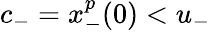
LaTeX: c_{-}=x_{-}^{p}(0)<u_{-}